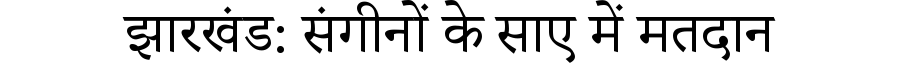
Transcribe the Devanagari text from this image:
झारखंड: संगीनों के साए में मतदान